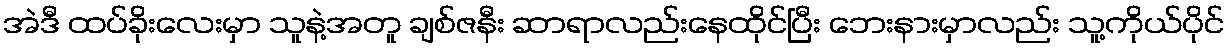
အဲဒီ ထပ်ခိုးလေးမှာ သူနဲ့အတူ ချစ်ဇနီး ဆာရာလည်းနေထိုင်ပြီး ဘေးနားမှာလည်း သူ့ကိုယ်ပိုင်